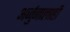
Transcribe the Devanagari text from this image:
अर्जुनालाही